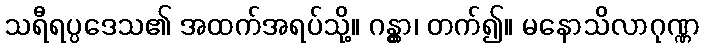
သရီရပ္ပဒေသ၏ အထက်အရပ်သို့။ ဂန္တွာ၊ တက်၍။ မနောသိလာဂုဏ္ဏ